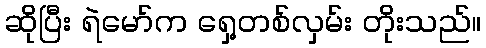
ဆိုပြီး ရဲမော်က ရှေ့တစ်လှမ်း တိုးသည်။